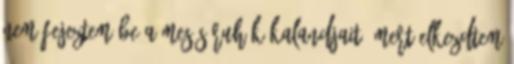
nem fejeztem be a Mesés ruhák kalandjait, mert elkezdtem